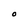
Character: O